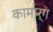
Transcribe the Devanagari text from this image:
कामार्ग